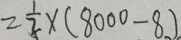
= \frac { 1 } { 2 } \times ( 8 0 0 0 - 8 )